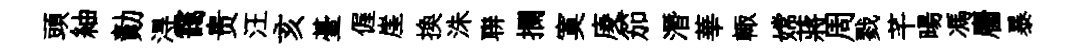
頭紬勣淂靄贵汪亥䑓偓崖换洙聨攔寞庱笳潛華輙嫦蔣周戮芊暘馮麕暴